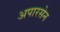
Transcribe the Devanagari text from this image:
अपारसेन